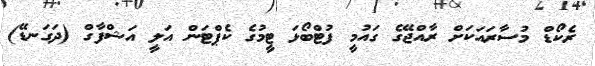
ރެކޯޑް މުސާރައަކަށް ރާއްޖޭގެ ގައުމީ ފުޓްބޯޅަ ޓީމުގެ ކެޕްޓަން އަލީ އަޝްފާގް (ދަގަނޑޭ)